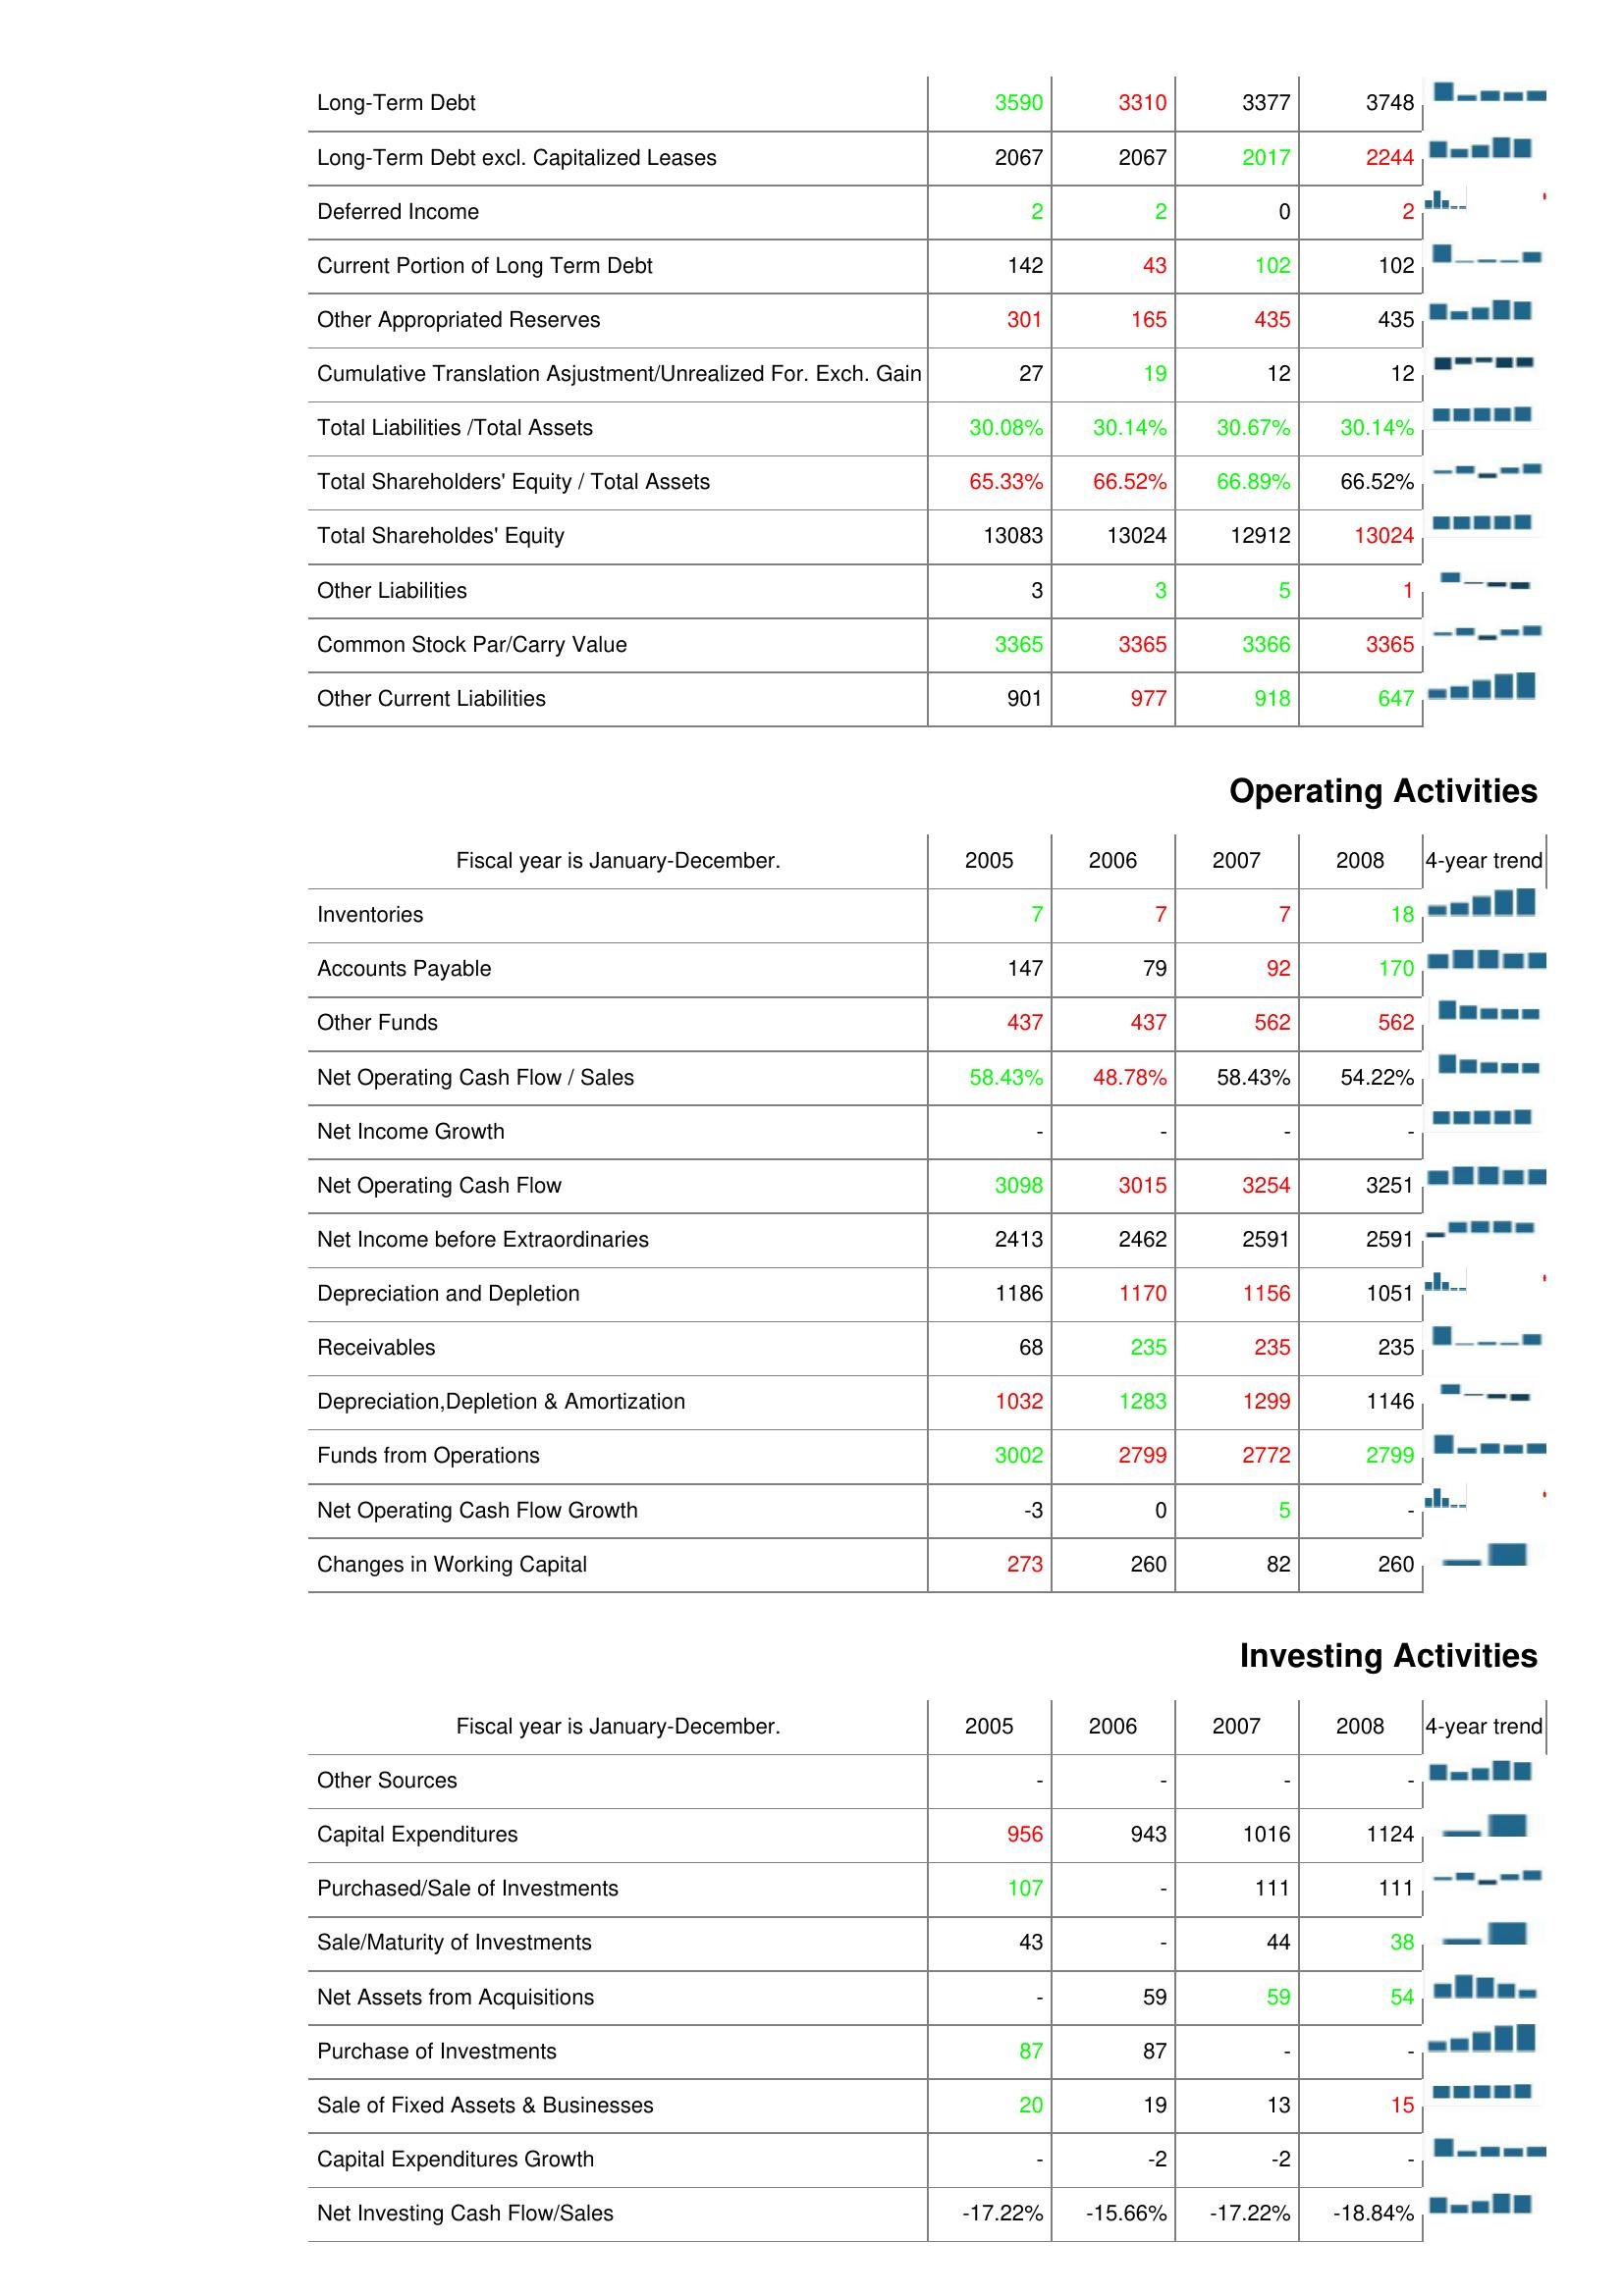
2005: Liabilities & Shareholder's Equity: Long-Term Debt: 3590
Long-Term Debt excl. Capitalized Leases: 2067
Deferred Income: 2
Current Portion of Long Term Debt: 142
Other Appropriated Reserves: 301
Cumulative Translation Asjustment/Unrealized For. Exch. Gain: 27
Total Liabilities /Total Assets: 30.08%
Total Shareholders' Equity / Total Assets: 65.33%
Total Shareholdes' Equity: 13083
Other Liabilities: 3
Common Stock Par/Carry Value: 3365
Other Current Liabilities: 901
Operating Activities: Inventories: 7
Accounts Payable: 147
Other Funds: 437
Net Operating Cash Flow / Sales: 58.43%
Net Income Growth: -
Net Operating Cash Flow: 3098
Net Income before Extraordinaries: 2413
Depreciation and Depletion: 1186
Receivables: 68
Depreciation,Depletion & Amortization: 1032
Funds from Operations: 3002
Net Operating Cash Flow Growth: -3
Changes in Working Capital: 273
Investing Activities: Other Sources: -
Capital Expenditures: 956
Purchased/Sale of Investments: 107
Sale/Maturity of Investments: 43
Net Assets from Acquisitions: -
Purchase of Investments: 87
Sale of Fixed Assets & Businesses: 20
Capital Expenditures Growth: -
Net Investing Cash Flow/Sales: -17.22%
2006: Liabilities & Shareholder's Equity: Long-Term Debt: 3310
Long-Term Debt excl. Capitalized Leases: 2067
Deferred Income: 2
Current Portion of Long Term Debt: 43
Other Appropriated Reserves: 165
Cumulative Translation Asjustment/Unrealized For. Exch. Gain: 19
Total Liabilities /Total Assets: 30.14%
Total Shareholders' Equity / Total Assets: 66.52%
Total Shareholdes' Equity: 13024
Other Liabilities: 3
Common Stock Par/Carry Value: 3365
Other Current Liabilities: 977
Operating Activities: Inventories: 7
Accounts Payable: 79
Other Funds: 437
Net Operating Cash Flow / Sales: 48.78%
Net Income Growth: -
Net Operating Cash Flow: 3015
Net Income before Extraordinaries: 2462
Depreciation and Depletion: 1170
Receivables: 235
Depreciation,Depletion & Amortization: 1283
Funds from Operations: 2799
Net Operating Cash Flow Growth: 0
Changes in Working Capital: 260
Investing Activities: Other Sources: -
Capital Expenditures: 943
Purchased/Sale of Investments: -
Sale/Maturity of Investments: -
Net Assets from Acquisitions: 59
Purchase of Investments: 87
Sale of Fixed Assets & Businesses: 19
Capital Expenditures Growth: -2
Net Investing Cash Flow/Sales: -15.66%
2007: Liabilities & Shareholder's Equity: Long-Term Debt: 3377
Long-Term Debt excl. Capitalized Leases: 2017
Deferred Income: 0
Current Portion of Long Term Debt: 102
Other Appropriated Reserves: 435
Cumulative Translation Asjustment/Unrealized For. Exch. Gain: 12
Total Liabilities /Total Assets: 30.67%
Total Shareholders' Equity / Total Assets: 66.89%
Total Shareholdes' Equity: 12912
Other Liabilities: 5
Common Stock Par/Carry Value: 3366
Other Current Liabilities: 918
Operating Activities: Inventories: 7
Accounts Payable: 92
Other Funds: 562
Net Operating Cash Flow / Sales: 58.43%
Net Income Growth: -
Net Operating Cash Flow: 3254
Net Income before Extraordinaries: 2591
Depreciation and Depletion: 1156
Receivables: 235
Depreciation,Depletion & Amortization: 1299
Funds from Operations: 2772
Net Operating Cash Flow Growth: 5
Changes in Working Capital: 82
Investing Activities: Other Sources: -
Capital Expenditures: 1016
Purchased/Sale of Investments: 111
Sale/Maturity of Investments: 44
Net Assets from Acquisitions: 59
Purchase of Investments: -
Sale of Fixed Assets & Businesses: 13
Capital Expenditures Growth: -2
Net Investing Cash Flow/Sales: -17.22%
2008: Liabilities & Shareholder's Equity: Long-Term Debt: 3748
Long-Term Debt excl. Capitalized Leases: 2244
Deferred Income: 2
Current Portion of Long Term Debt: 102
Other Appropriated Reserves: 435
Cumulative Translation Asjustment/Unrealized For. Exch. Gain: 12
Total Liabilities /Total Assets: 30.14%
Total Shareholders' Equity / Total Assets: 66.52%
Total Shareholdes' Equity: 13024
Other Liabilities: 1
Common Stock Par/Carry Value: 3365
Other Current Liabilities: 647
Operating Activities: Inventories: 18
Accounts Payable: 170
Other Funds: 562
Net Operating Cash Flow / Sales: 54.22%
Net Income Growth: -
Net Operating Cash Flow: 3251
Net Income before Extraordinaries: 2591
Depreciation and Depletion: 1051
Receivables: 235
Depreciation,Depletion & Amortization: 1146
Funds from Operations: 2799
Net Operating Cash Flow Growth: -
Changes in Working Capital: 260
Investing Activities: Other Sources: -
Capital Expenditures: 1124
Purchased/Sale of Investments: 111
Sale/Maturity of Investments: 38
Net Assets from Acquisitions: 54
Purchase of Investments: -
Sale of Fixed Assets & Businesses: 15
Capital Expenditures Growth: -
Net Investing Cash Flow/Sales: -18.84%